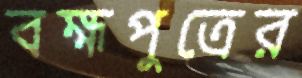
বহ্মপুত্রের